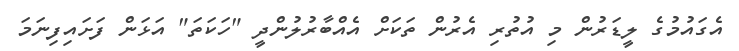
އެގައުމުގެ ލީޑަރުން މި އުތުރި އެރުން ތަކަށް އެއްބާރުލުންދީ "ހަކަތަ" އަޅަން ފަށައިފިނަމަ